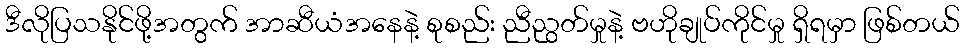
ဒီလိုပြသနိုင်ဖို့အတွက် အာဆီယံအနေနဲ့ စုစည်း ညီညွတ်မှုနဲ့ ဗဟိုချုပ်ကိုင်မှု ရှိရမှာ ဖြစ်တယ်